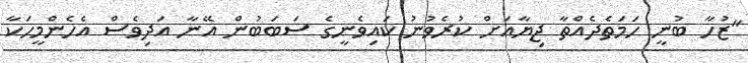
"ޒުހާ ބުނީ ހަމަތެދެއްތާ ޖިޔާއަށް ކުރެވުނު ކައިވެނީގެ ސަބަބުން އޭނާ އަދިވެސް އެހެންމީހަކާ